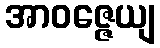
အာဝဇ္ဇေယျ